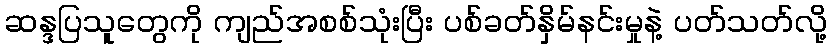
ဆန္ဒပြသူတွေကို ကျည်အစစ်သုံးပြီး ပစ်ခတ်နှိမ်နင်းမှုနဲ့ ပတ်သတ်လို့